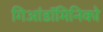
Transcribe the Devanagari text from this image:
गिआंडॉमिनिको